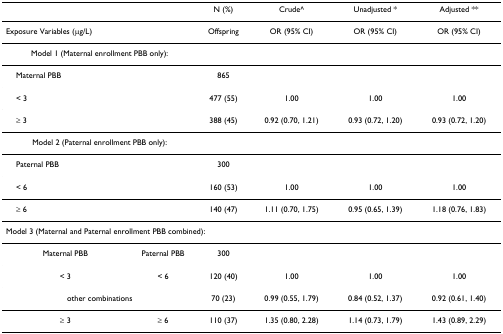
<table><thead><tr><td></td><td></td><td><b>N (%)</b></td><td><b>Crude^</b></td><td><b>Unadjusted *</b></td><td><b>Adjusted **</b></td></tr></thead><tbody><tr><td>Exposure Variables (μg/L)</td><td></td><td>Offspring</td><td>OR (95% CI)</td><td>OR (95% CI)</td><td>OR (95% CI)</td></tr><tr><td colspan="2">Model 1 (Maternal enrollment PBB only):</td><td></td><td></td><td></td><td></td></tr><tr><td> Maternal PBB</td><td></td><td>865</td><td></td><td></td><td></td></tr><tr><td> &lt; 3</td><td></td><td>477 (55)</td><td>1.00</td><td>1.00</td><td>1.00</td></tr><tr><td> ≥ 3</td><td></td><td>388 (45)</td><td>0.92 (0.70, 1.21)</td><td>0.93 (0.72, 1.20)</td><td>0.93 (0.72, 1.20)</td></tr><tr><td colspan="2">Model 2 (Paternal enrollment PBB only):</td><td></td><td></td><td></td><td></td></tr><tr><td> Paternal PBB</td><td></td><td>300</td><td></td><td></td><td></td></tr><tr><td> &lt; 6</td><td></td><td>160 (53)</td><td>1.00</td><td>1.00</td><td>1.00</td></tr><tr><td> ≥ 6</td><td></td><td>140 (47)</td><td>1.11 (0.70, 1.75)</td><td>0.95 (0.65, 1.39)</td><td>1.18 (0.76, 1.83)</td></tr><tr><td colspan="4">Model 3 (Maternal and Paternal enrollment PBB combined):</td><td></td><td></td></tr><tr><td>Maternal PBB</td><td>Paternal PBB</td><td>300</td><td></td><td></td><td></td></tr><tr><td>&lt; 3</td><td>&lt; 6</td><td>120 (40)</td><td>1.00</td><td>1.00</td><td>1.00</td></tr><tr><td colspan="2">other combinations</td><td>70 (23)</td><td>0.99 (0.55, 1.79)</td><td>0.84 (0.52, 1.37)</td><td>0.92 (0.61, 1.40)</td></tr><tr><td>≥ 3</td><td>≥ 6</td><td>110 (37)</td><td>1.35 (0.80, 2.28)</td><td>1.14 (0.73, 1.79)</td><td>1.43 (0.89, 2.29)</td></tr></tbody></table>